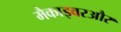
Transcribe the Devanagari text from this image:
मैकाइवरऔर